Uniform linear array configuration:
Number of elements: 16
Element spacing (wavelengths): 0.25
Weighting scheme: exponential
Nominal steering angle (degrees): -15
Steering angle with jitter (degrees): -14.142
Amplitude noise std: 0.05
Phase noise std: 0.05

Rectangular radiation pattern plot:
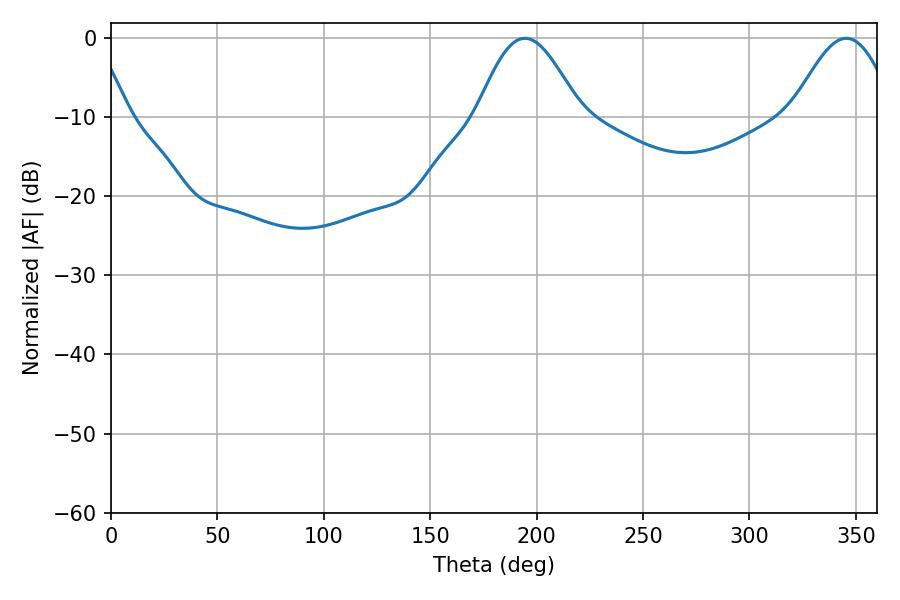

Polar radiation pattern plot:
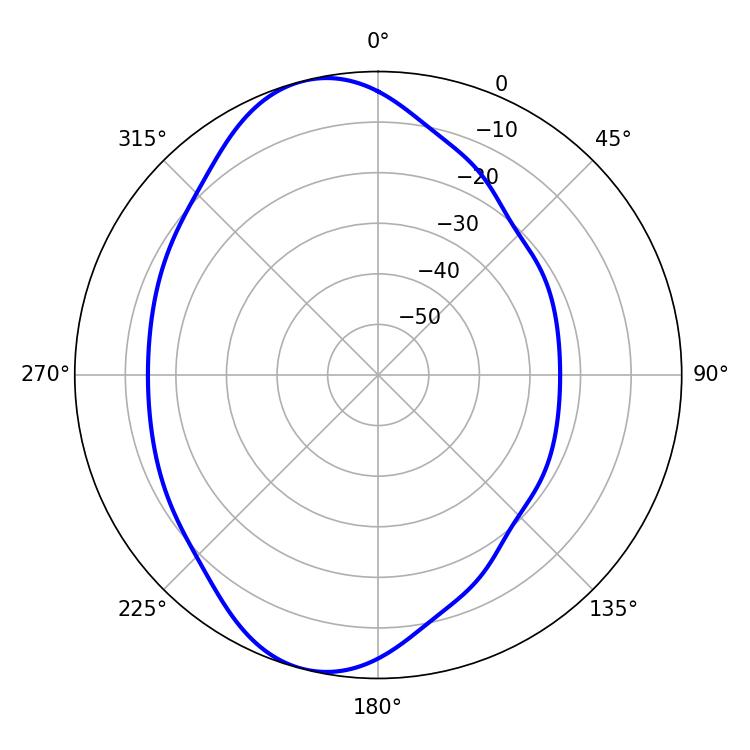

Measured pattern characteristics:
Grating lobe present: FALSE
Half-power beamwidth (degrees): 25.92
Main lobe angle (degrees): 194.4